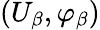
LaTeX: (U_{\beta},\varphi_{\beta})